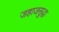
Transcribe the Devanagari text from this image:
जहाजसुद्धा